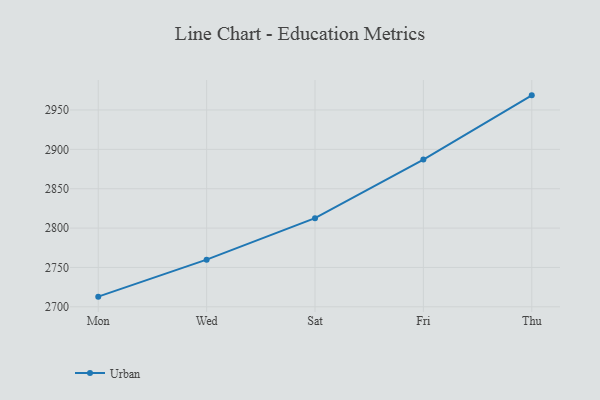
{"axis": {"x": "Day", "y": "Waste Production (Tons)"}, "legend": ["Urban"], "data": [{"x": "Mon", "y": 2712.9, "type": "Urban"}, {"x": "Wed", "y": 2759.9, "type": "Urban"}, {"x": "Sat", "y": 2812.6, "type": "Urban"}, {"x": "Fri", "y": 2887.0, "type": "Urban"}, {"x": "Thu", "y": 2968.6, "type": "Urban"}]}